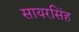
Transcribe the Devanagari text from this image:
सायरसिंह